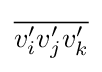
{\overline {v'_{i}v'_{j}v'_{k}}}